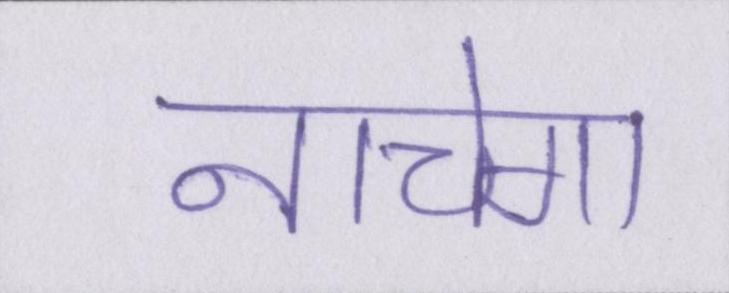
नाचेगा